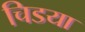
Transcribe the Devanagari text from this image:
चिडया